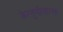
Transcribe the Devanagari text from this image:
केरसुणीसारखा